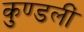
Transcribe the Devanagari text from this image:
कुण्डलीं